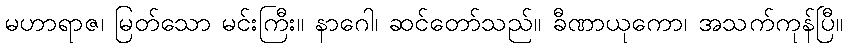
မဟာရာဇ၊ မြတ်သော မင်းကြီး။ နာဂေါ၊ ဆင်တော်သည်။ ခီဏာယုကော၊ အသက်ကုန်ပြီ။